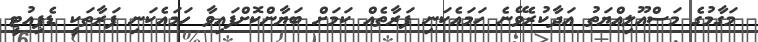
މަގާމުގެ މަސްއޫލިއްޔަތު އަދާކުރެވޭނެ ހަމައެކަނި ފަރާތެއް ކަމަށް ބަޔާންކޮށްފައިވާ ހަމައެކަނި ފަރާތަކީ ޑެޕިއުޓީ